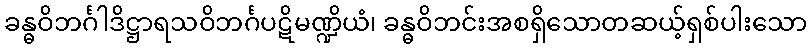
ခန္ဓဝိဘင်္ဂါဒိဋ္ဌာရသဝိဘင်္ဂပဋိမဏ္ဍိယံ၊ ခန္ဓဝိဘင်းအစရှိသောတဆယ့်ရှစ်ပါးသော